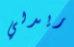
ريدلي